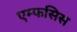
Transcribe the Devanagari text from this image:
एम्फसिस